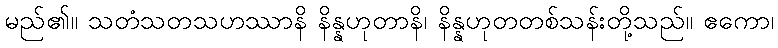
မည်၏။ သတံသတသဟဿာနိ နိန္နဟုတာနိ၊ နိန္နဟုတတစ်သန်းတို့သည်။ ဧကော၊